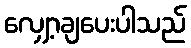
လျှော့ချပေးပါသည်